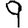
Digit: 9